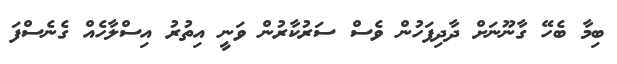
ބިމާ ބެހޭ ގާނޫނަށް ދާދިފަހުން ވެސް ސަރުކާރުން ވަނީ އިތުރު އިސްލާހެއް ގެނެސްފަ